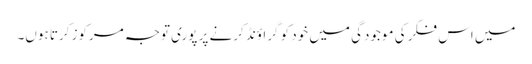
میں اس فکر کی موجودگی میں خود کو گراؤنڈ کرنے پر پوری توجہ مرکوز کرتا ہوں۔